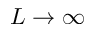
L \to \infty